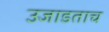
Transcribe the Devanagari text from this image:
उजाडताच